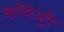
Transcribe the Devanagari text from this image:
कॉमेन्ट्री